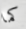
كما